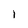
Character: l